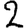
Digit: 2